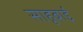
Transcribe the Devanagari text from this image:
साहूबाई